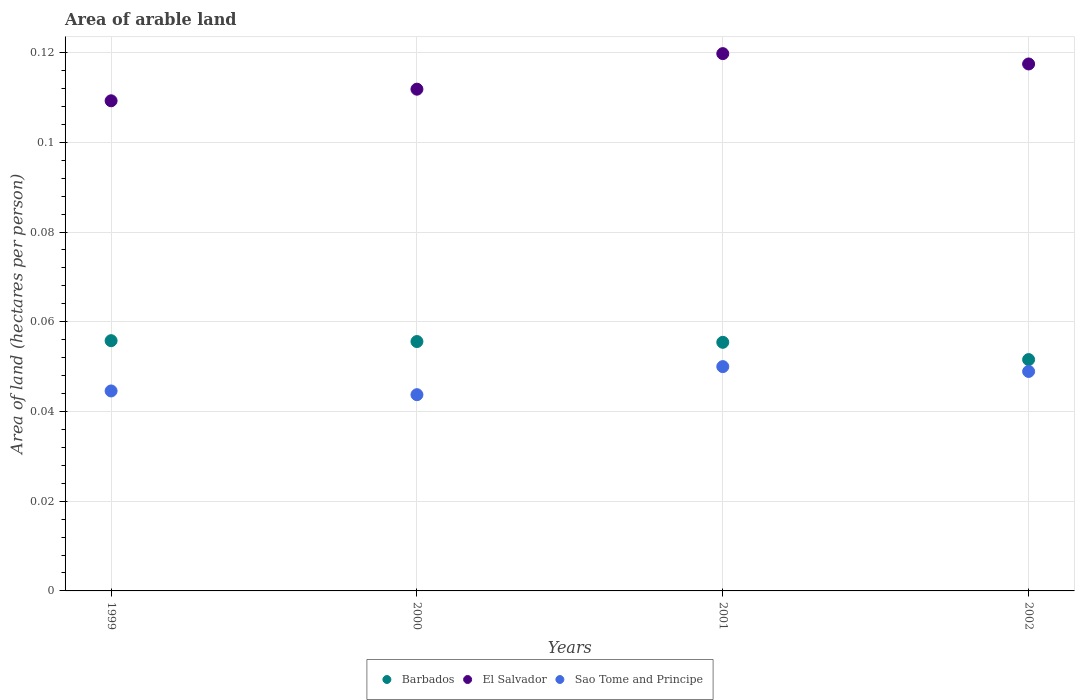
| Years | Barbados | El Salvador | Sao Tome and Principe |
 | --- | --- | --- | --- |
 | 1999 | 0.0558 | 0.109 | 0.0446 |
 | 2000 | 0.0556 | 0.112 | 0.0437 |
 | 2001 | 0.0554 | 0.12 | 0.05 |
 | 2002 | 0.0516 | 0.117 | 0.0489 |